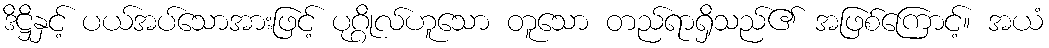
ဒိဋ္ဌိနှင့် ပယ်အပ်သောအားဖြင့် ပုဂ္ဂိုလ်ဟူသော တူသော တည်ရာရှိသည်၏ အဖြစ်ကြောင့်။ အယံ